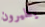
يطيرون